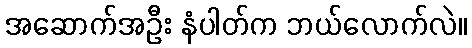
အဆောက်အဦး နံပါတ်က ဘယ်လောက်လဲ။